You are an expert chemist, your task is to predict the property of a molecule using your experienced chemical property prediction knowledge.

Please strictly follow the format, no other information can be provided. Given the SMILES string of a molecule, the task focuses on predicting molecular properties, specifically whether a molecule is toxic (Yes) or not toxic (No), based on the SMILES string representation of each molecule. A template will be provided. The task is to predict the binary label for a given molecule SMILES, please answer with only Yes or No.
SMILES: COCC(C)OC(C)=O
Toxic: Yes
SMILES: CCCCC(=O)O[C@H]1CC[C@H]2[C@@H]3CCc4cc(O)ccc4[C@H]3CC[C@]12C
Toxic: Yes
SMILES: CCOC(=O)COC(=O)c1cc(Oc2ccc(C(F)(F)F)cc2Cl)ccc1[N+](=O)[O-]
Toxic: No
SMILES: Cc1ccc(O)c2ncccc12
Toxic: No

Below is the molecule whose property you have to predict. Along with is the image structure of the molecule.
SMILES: CSc1ccc2c(c1)N(CCC1CCCCN1C)c1ccccc1S2
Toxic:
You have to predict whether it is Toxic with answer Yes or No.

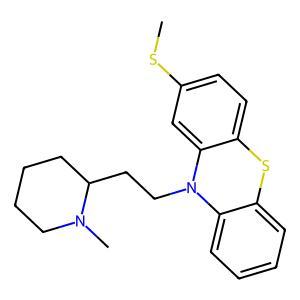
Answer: No